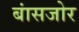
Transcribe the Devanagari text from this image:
बांसजोर